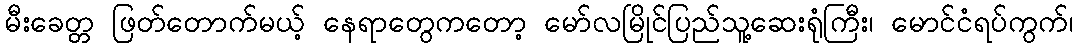
မီးခေတ္တ ဖြတ်တောက်မယ့် နေရာတွေကတော့ မော်လမြိုင်ပြည်သူ့ဆေးရုံကြီး၊ မောင်ငံရပ်ကွက်၊